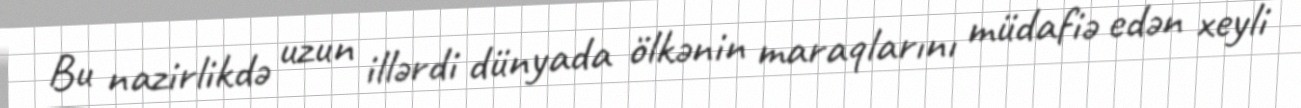
Bu nazirlikdə uzun illərdi dünyada ölkənin maraqlarını müdafiə edən xeyli